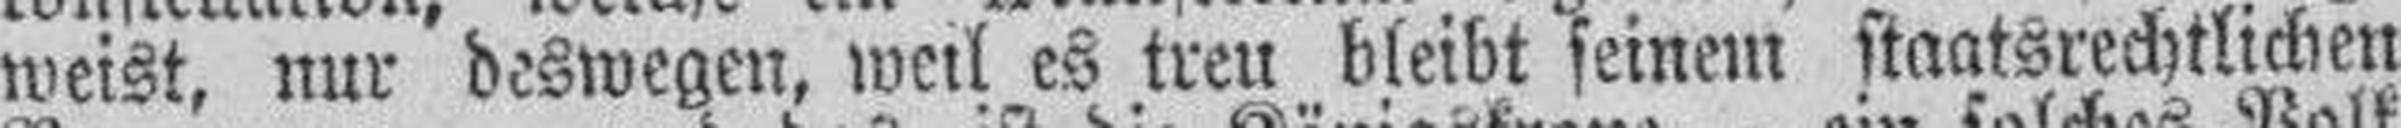
weist, nur deswegen, weil es treu bleibt seinem staatsrechtlichen